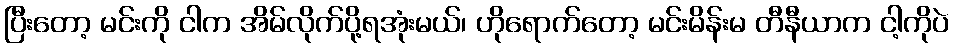
ပြီးတော့ မင်းကို ငါက အိမ်လိုက်ပို့ရအုံးမယ်၊ ဟိုရောက်တော့ မင်းမိန်းမ တီနီယာက ငါ့ကိုပဲ